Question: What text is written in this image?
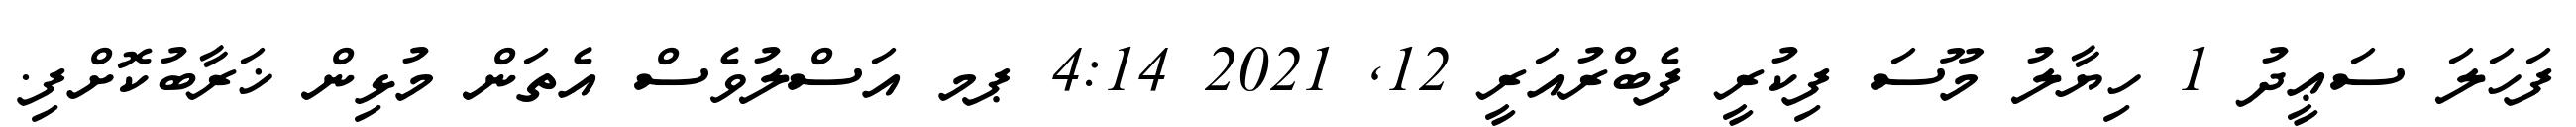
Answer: ފަހަލަ ސަޢީދު 1 ހިޔާލު މޫސަ ފިކުރީ ފެބްރުއަރީ 12, 2021 4:14 ޕމ އަސްލުވެސް އެތަން މުޅިން ޚަރާބުކޮށްފި.